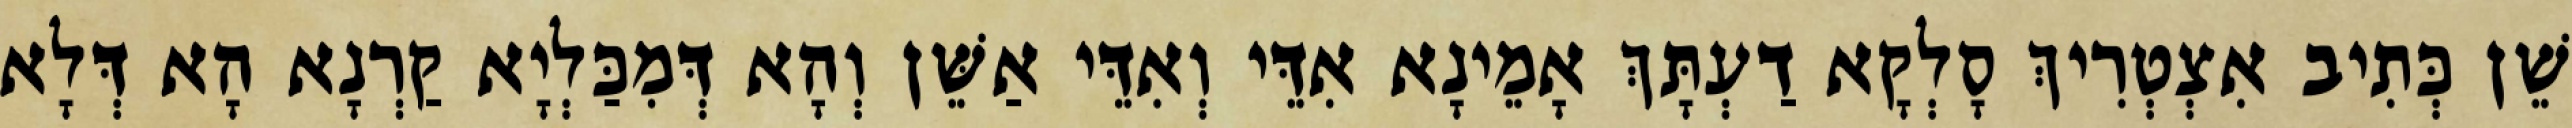
שֵׁן כְּתִיב אִצְטְרִיךְ סָלְקָא דַעְתָּךְ אָמֵינָא אִדֵּי וְאִדֵּי אַשֵּׁן וְהָא דְּמִכַּלְיָא קַרְנָא הָא דְּלָא